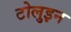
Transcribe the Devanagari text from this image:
टोलुइन